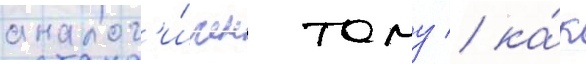
аналог'и́чен тому / ка́к